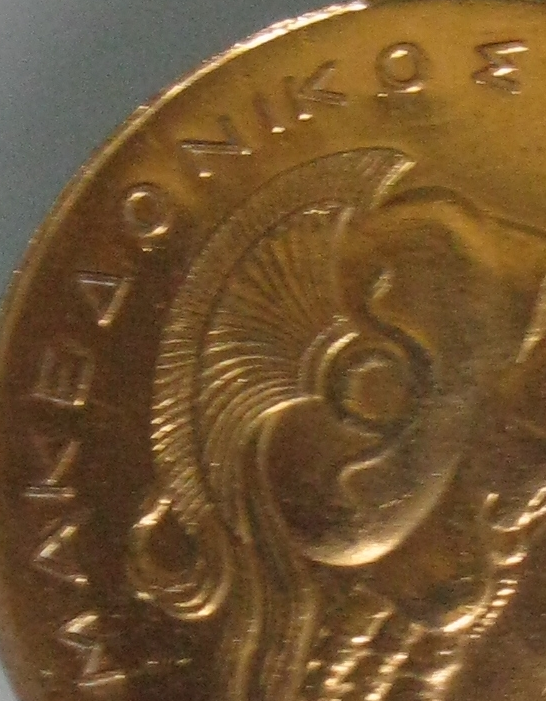
MAKEAONIKOE